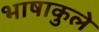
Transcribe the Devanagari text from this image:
भाषाकुले